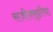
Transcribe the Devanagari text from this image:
सजीवसृष्टीचा